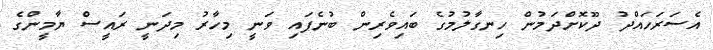
އެސަރަހައްދު ދޫކޮށްދަމުން ހިނގާލުމުގެ ބައިވެރިން ބުނެފައި ވަނީ މިހާރު މިދަނީ ރައީސް ޔާމީންގެ